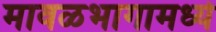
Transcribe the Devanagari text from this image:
मावळभागामध्ये